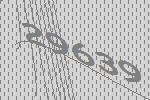
29639